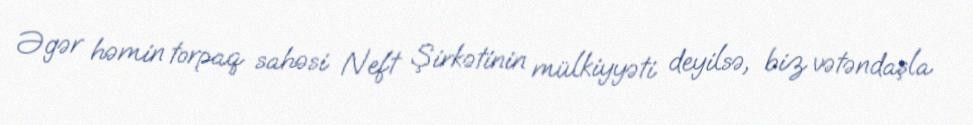
Əgər həmin torpaq sahəsi Neft Şirkətinin mülkiyyəti deyilsə, biz vətəndaşla